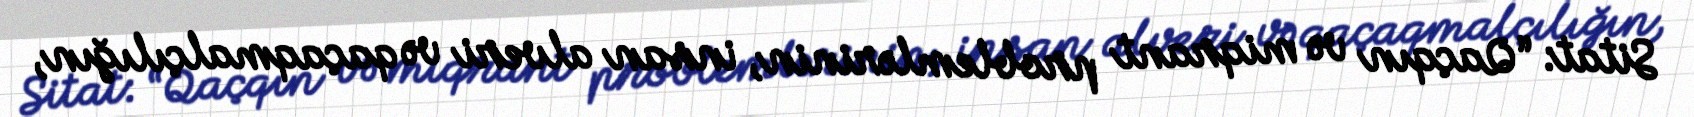
Sitat: “Qaçqın və miqrant problemlərinin, insan alveri və qaçaqmalçılığın,